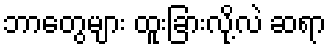
ဘာတွေများ ထူးခြားလို့လဲ ဆရာ